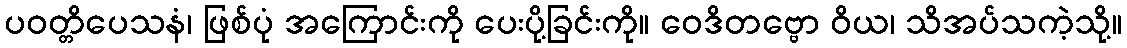
ပဝတ္တိပေသနံ၊ ဖြစ်ပုံ အကြောင်းကို ပေးပို့ခြင်းကို။ ဝေဒိတဗ္ဗော ဝိယ၊ သိအပ်သကဲ့သို့။